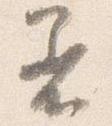
着